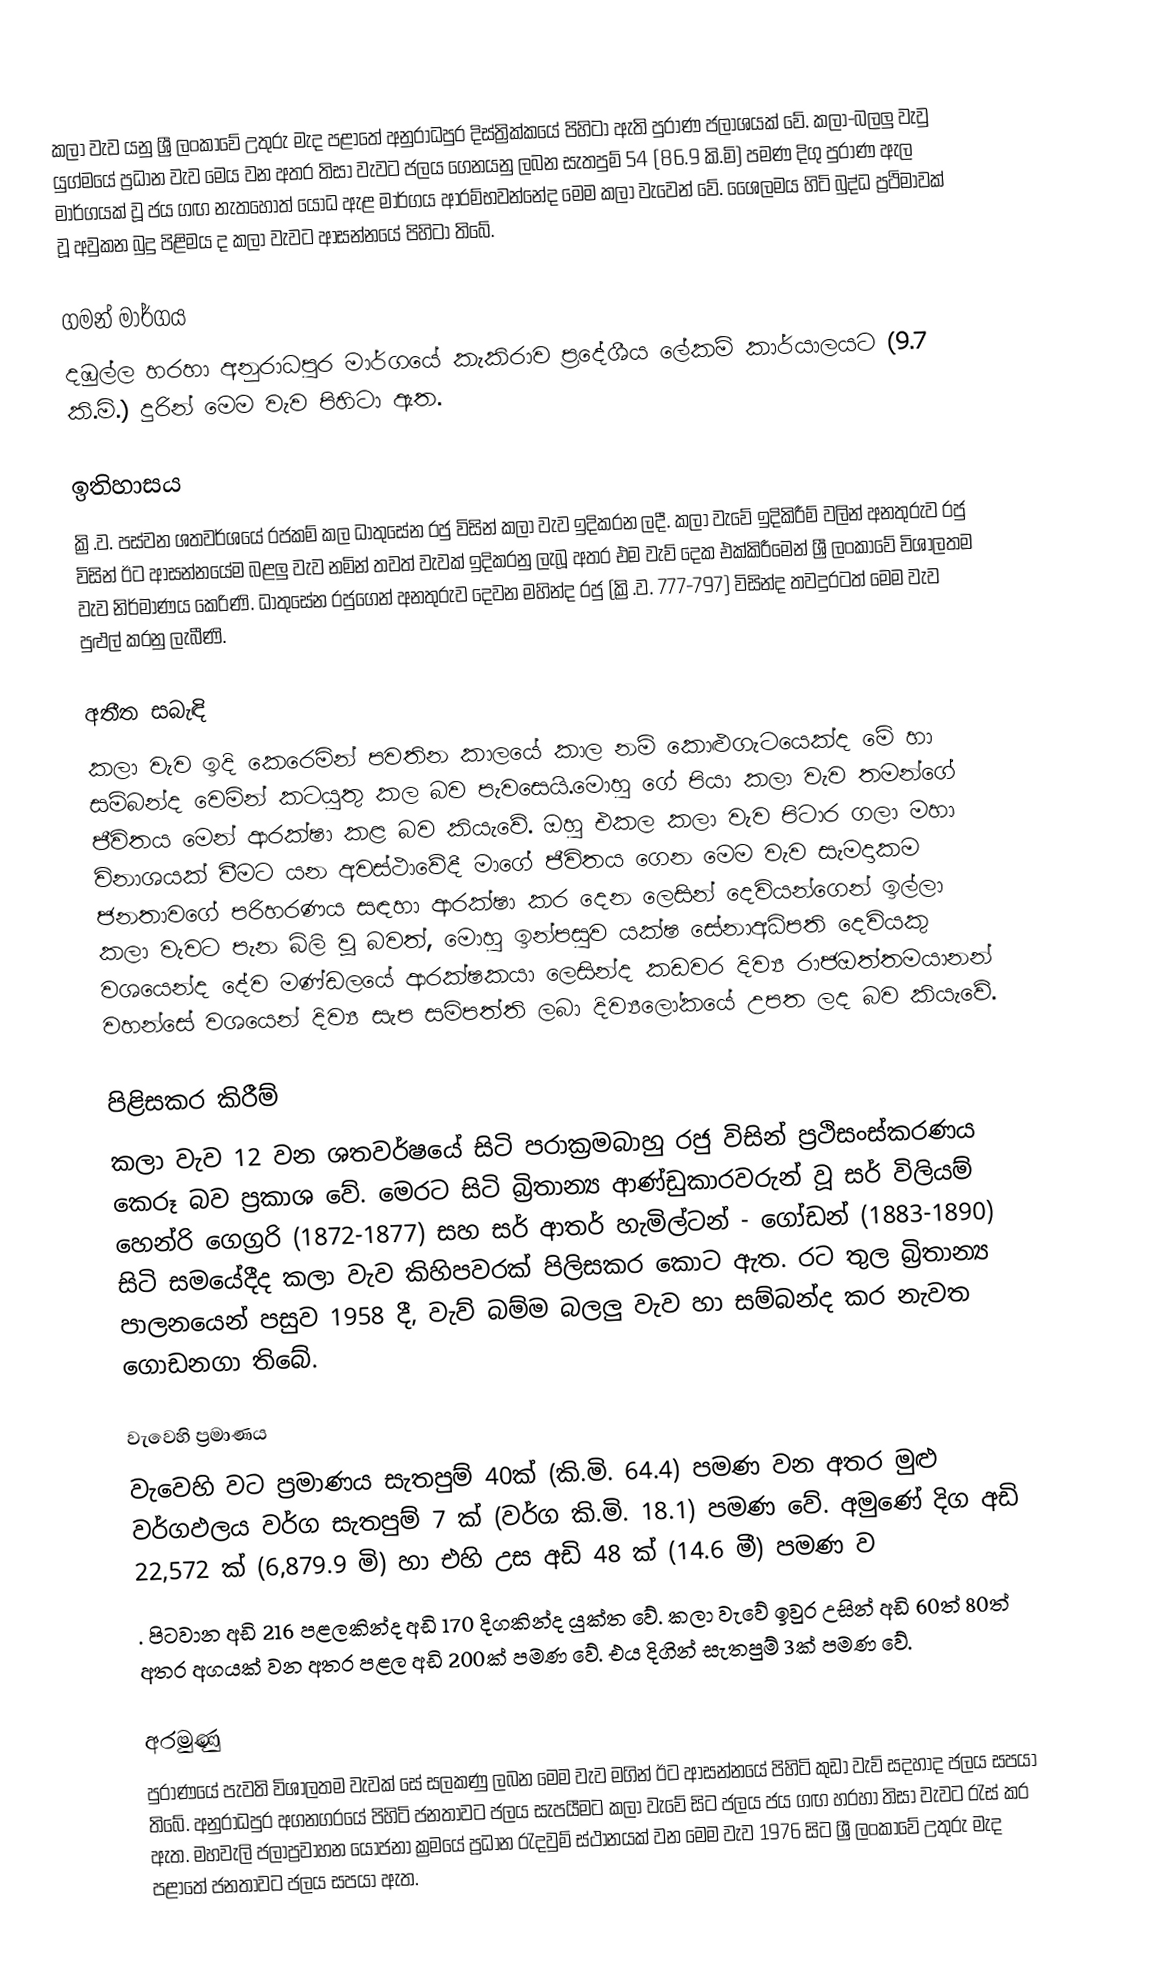
කලා වැව යනු ශ්‍රී ලංකාවේ උතුරු මැද පළාතේ අනුරාධපුර දිස්ත්‍රික්කයේ පිහිටා ඇති පුරාණ ජලාශයක් වේ. කලා-බලලු වැවු යුග්මයේ ප්‍රධාන වැව මෙය වන අතර තිසා වැවට ජලය ගෙනයනු ලබන සැතපුම් 54 (86.9 කි.මි) පමණ දිගු පුරාණ ඇල මාර්ගයක් වූ ජය ගඟ නැතහොත් යෝධ ඇළ මාර්ගය ආරම්භවන්නේද මෙම කලා වැවෙන් වේ. ශෙෙලමය හිටි බුද්ධ ප්‍රථිමාවක් වූ අවුකන බුදු පිළිමය ද කලා වැවට ආසන්නයේ පිහිටා තිබේ.

ගමන් මාර්ගය
දඹුල්ල හරහා අනුරාධපුර මාර්ගයේ කැකිරාව ප්‍රදේශීය ලේකම් කාර්යාලයට (9.7 කි.මි.) දුරින් මෙම වැව පිහිටා ඇත.

ඉතිහාසය
ක්‍රි.ව. පස්වන ශතවර්ශයේ රජකම් කල ධාතුසේන රජු විසින් කලා වැව ඉදිකරන ලදී. කලා වැවේ ඉදිකිරීම් වලින් අනතුරුව රජු විසින් ඊට ආසන්නයේම බළලු වැව නමින් තවත් වැවක් ඉදිකරනු ලැබූ අතර එම වැව් දෙක එක්කිරීමෙන් ශ්‍රී ලංකාවේ විශාලතම වැව නිර්මාණය කෙරිණි. ධාතුසේන රජුගෙන් අනතුරුව දෙවන මහින්ද රජු (ක්‍රි.ව. 777-797) විසින්ද තවදුරටත් මෙම වැව පුළුල් කරනු ලැබීණි.

අතීත සබැඳි
කලා වැව ඉදි කෙරෙමින් පවතින කාලයේ කාල නම් කොළුගැටයෙක්ද මේ හා සම්බන්ද වෙමින් කටයුතු කල බව පැවසෙයි.මොහු ගේ පියා කලා වැව තමන්ගේ ජීවිතය මෙන් ආරක්ෂා කළ බව කියැවේ. ඔහු එකල කලා වැව පිටාර ගලා මහා විනාශයක් වීමට යන අවස්ථාවේදී මාගේ ජීවිතය ගෙන මෙම වැව සැමදාකම ජනතාවගේ පරිහරණය සඳහා ආරක්ෂා කර දෙන ලෙසින් දෙවියන්ගෙන් ඉල්ලා කලා වැවට පැන බිලි වූ බවත්, මොහු ඉන්පසුව යක්ෂ සේනාඅධිපති දෙවියකු වශයෙන්ද දේව මණ්ඩලයේ ආරක්ෂකයා ලෙසින්ද කඩවර දිව්‍ය රාජඔත්තමයානන් වහන්සේ වශයෙන් දිව්‍ය සැප සමිපත්ති ලබා දිව්‍යලෝකයේ උපත ලද බව කියැවේ.

පිළිසකර කිරීම්
කලා වැව 12 වන ශතවර්ෂයේ සිටි පරාක්‍රමබාහු රජු විසින් ප්‍රථිසංස්කරණය කෙරූ බව ප්‍රකාශ වේ. මෙරට සිටි බ්‍රිතාන්‍ය ආණ්ඩුකාරවරුන් වූ සර් විලියම් හෙන්රි ගෙග්‍රරි (1872-1877) සහ සර් ආතර් හැමිල්ටන් - ගෝඩන් (1883-1890)  සිටි සමයේදීද කලා වැව කිහිපවරක් පිලිසකර කොට ඇත. රට තුල බ්‍රිතාන්‍ය පාලනයෙන් පසුව 1958 දී, වැව් බම්ම බලලු වැව හා සම්බන්ද කර නැවත ගොඩනගා තිබේ.

වැවෙහි ප්‍රමාණය
වැවෙහි වට ප්‍රමාණය සැතපුම් 40ක් (කි.මි. 64.4) පමණ වන අතර මුළු වර්ගඵලය වර්ග සැතපුම් 7 ක් (වර්ග කි.මි. 18.1) පමණ වේ. අමුණේ දිග අඩි 22,572 ක් (6,879.9 මි) හා එහි උස අඩි 48 ක් (14.6 මී) පමණ ව
. පිටවාන අඩි 216 පළලකින්ද අඩි 170 දිගකින්ද යුක්ත වේ. කලා වැවේ ඉවුර උසින් අඩි 60ත් 80ත් අතර අගයක් වන අතර පළල අඩි 200ක් පමණ වේ. එය දිගින් සැතපුම් 3ක් පමණ වේ.

අරමුණු
පුරාණයේ පැවති විශාලතම වැවක් සේ සලකණු ලබන මෙම වැව මගින් ඊට ආසන්නයේ පිහිටි කුඩා වැව් සදහාද ජලය සපයා තිබේ. අනුරාධපුර අගනගරයේ පිහිටි ජනතාවට ජලය සැපයීමට කලා වැවේ සිට ජලය ජය ගඟ හරහා තිසා වැවට රැස් කර ඇත. මහවැලි ජලාප්‍රවාහන යොජනා  ක්‍රමයේ ප්‍රධාන රැදවුම් ස්ථානයක් වන මෙම වැව 1976 සිට ශ්‍රී ලංකාවේ උතුරු මැද පළාතේ ජනතාවට ජලය සපයා ඇත.